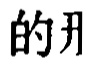
的开